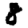
Digit: 8